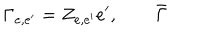
LaTeX: \Gamma _ { e , e ^ { \prime } } = Z _ { e , e ^ { \prime } } e ^ { \prime } , \qquad \bar { \Gamma }